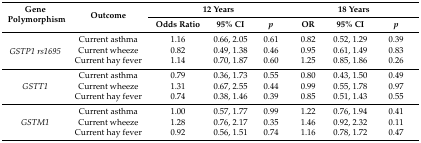
<table><thead><tr><td rowspan="2"><b>Gene Polymorphism</b></td><td rowspan="2"><b>Outcome</b></td><td colspan="3"><b>12 Years</b></td><td colspan="3"><b>18 Years</b></td></tr><tr><td><b>Odds Ratio</b></td><td><b>95% CI</b></td><td><b><i>p</i></b></td><td><b>OR</b></td><td><b>95% CI</b></td><td><b><i>p</i></b></td></tr></thead><tbody><tr><td rowspan="3"><i>GSTP1 rs1695</i></td><td>Current asthma</td><td>1.16</td><td>0.66, 2.05</td><td>0.61</td><td>0.82</td><td>0.52, 1.29</td><td>0.39</td></tr><tr><td>Current wheeze</td><td>0.82</td><td>0.49, 1.38</td><td>0.46</td><td>0.95</td><td>0.61, 1.49</td><td>0.83</td></tr><tr><td>Current hay fever</td><td>1.14</td><td>0.70, 1.87</td><td>0.60</td><td>1.25</td><td>0.85, 1.86</td><td>0.26</td></tr><tr><td rowspan="3"><i>GSTT1</i></td><td>Current asthma</td><td>0.79</td><td>0.36, 1.73</td><td>0.55</td><td>0.80</td><td>0.43, 1.50</td><td>0.49</td></tr><tr><td>Current wheeze</td><td>1.31</td><td>0.67, 2.55</td><td>0.44</td><td>0.99</td><td>0.55, 1.78</td><td>0.97</td></tr><tr><td>Current hay fever</td><td>0.74</td><td>0.38, 1.46</td><td>0.39</td><td>0.85</td><td>0.51, 1.43</td><td>0.55</td></tr><tr><td rowspan="3"><i>GSTM1</i></td><td>Current asthma</td><td>1.00</td><td>0.57, 1.77</td><td>0.99</td><td>1.22</td><td>0.76, 1.94</td><td>0.41</td></tr><tr><td>Current wheeze</td><td>1.28</td><td>0.76, 2.17</td><td>0.35</td><td>1.46</td><td>0.92, 2.32</td><td>0.11</td></tr><tr><td>Current hay fever</td><td>0.92</td><td>0.56, 1.51</td><td>0.74</td><td>1.16</td><td>0.78, 1.72</td><td>0.47</td></tr></tbody></table>